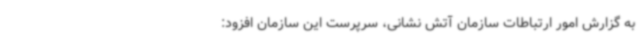
به گزارش امور ارتباطات سازمان آتش نشانی، سرپرست این سازمان افزود: